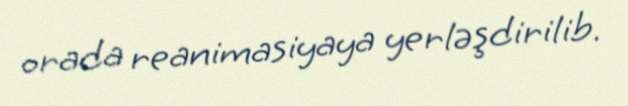
orada reanimasiyaya yerləşdirilib.